Scottish Leaving Certificate Examination, 1952
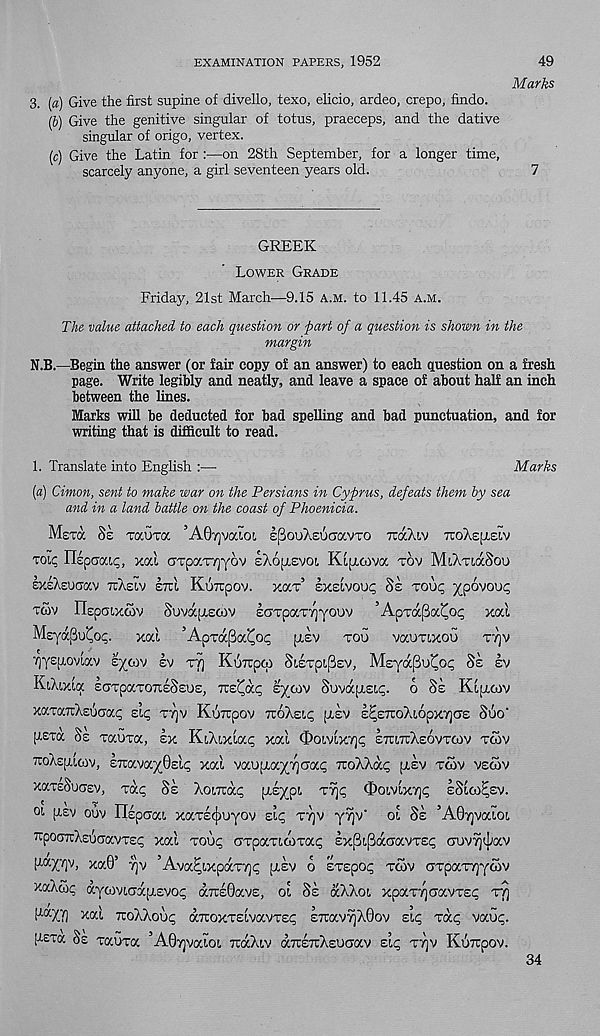
EXAMINATION PAPERS, 1952
49
Marks
3. (a) Give the first supine of divello, texo, elicio, ardeo, crepo, findo.
(b) Give the genitive singular of totus, praeceps, and the dative
singular of origo, vertex.
(c) Give the Latin for :—on 28th September, for a longer time,
scarcely anyone, a girl seventeen years old.
7
GREEK
Lower Grade
Friday, 21st March—9.15 A.m. to 11.45 a.m.
The value attached to each question or part of a question is shown in the
margin
N.B.—Begin the answer (or fair copy of an answer) to each question on a fresh
page. Write legibly and neatly, and leave a space of about half an inch
between the lines.
Marks will be deducted for bad spelling and bad punctuation, and for
writing that is difficult to read.
1. Translate into English :—
Marks
(a) Cimon, sent to make war on the Persians in Cyprus, defeats them by sea
and in a land battle on the coast of Phoenicia.
Msxa Ss TauTa ’AOtjvocioi, I|3ouXsuc70cvto TtaXiv TtoXsfjisIv
toic; nipaaL^, xou axpaT/jyov eAopievot, Kiuoiva tov MlAtiocSou
exeXeuaav tcXeiv stu Kuirpov. xoct’ ixeivouc, Sz tou<; xpovout;
tcov ITspoixcov Suvapiscov £<rrpaT7)Y0uv ’Apmpa'Cop xal
Msyapu^ot;.
xai ’ApTa|3a^O(; piev too voamxou
ttjv
7)yep.ovLav eytov sv tv] Kuirpcp Si£Tpi,(3EV, Meyapo^o^ 8z zv
KtXixLa eoTpocTOTteSeus, Tzz^Scq zyoiv Suvapisic. o Se Kcaoiv
xcnu.Tc'XzijGctc; dc, ttjv KiSirpov izofzu; [j.ev s^eTroXiopxTjas Suo'
[ism Ss Tauxa, zx KiAixiap xal fDowlx'/jp etutcXsovtcov tcov
7ioX£[i,lcov, ETravayOslp xal vaupLayyaap iraXXa^ ;x£v tcov vecov
xaTcSoGsv, xai; Sz Xonta^ p.sypL t% <Dot,vlx7j<; eSIco^ev.
oi [xsv ouv ITspcjaE. xaT£(jjuyov ei^ ttjv yTjv‘ ol Sz ’Adrjvodoi
itpOGTrXEtjGavTE^ xal tou<; aTpaTicoTac;
cruv^av
(tocyTjv, xa0’ tjv ’Ava^ixpaTTjg ptsv o ETspo^ tcov gtpaTTjycov
xaXcop aycoviaapiEVOi; aTcsOavE, ol Sz aXXot, xpaT^aavTE<; t^
l la Tfl xal TroXXoug aTroxTEivavTEt; £7tav^X0ov zl<; tou; vauc;.
[tETa Se Tauxa ’A0Tjvalo[, TtaXiv aTCETuXsuGav zlq ttjv Kuirpov.
34